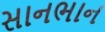
સાનભાન